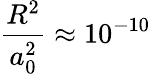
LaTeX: \frac{R^{2}}{a_{0}^{2}}\approx 10^{-10}